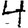
Digit: 4